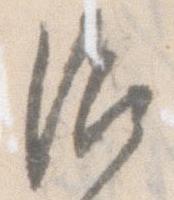
治